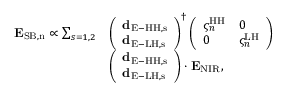
\begin{array} { r l } { { \bf E } _ { \mathrm { S B , n } } \propto \sum _ { s = 1 , 2 } } & { \left( \begin{array} { l } { { \bf d } _ { \mathrm { E - H H , s } } } \\ { { \bf d } _ { \mathrm { E - L H , s } } } \end{array} \right) ^ { \dag } \left( \begin{array} { l l } { \varsigma _ { n } ^ { \mathrm { H H } } } & { 0 } \\ { 0 } & { \varsigma _ { n } ^ { \mathrm { L H } } } \end{array} \right) } \\ & { \left( \begin{array} { l } { { \bf d } _ { \mathrm { E - H H , s } } } \\ { { \bf d } _ { \mathrm { E - L H , s } } } \end{array} \right) \cdot { \bf E } _ { \mathrm { N I R } } , } \end{array}